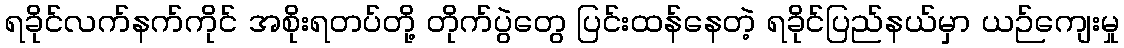
ရခိုင်လက်နက်ကိုင် အစိုးရတပ်တို့ တိုက်ပွဲတွေ ပြင်းထန်နေတဲ့ ရခိုင်ပြည်နယ်မှာ ယဉ်ကျေးမှု